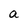
Character: a